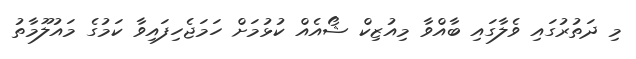
މި ދަތުރުގައި ވެލާގައި ބާއްވާ މިއުޒިކް ޝޯއެއް ކުޅުމަށް ހަމަޖެހިފައިވާ ކަމުގެ މައުލޫމާތު